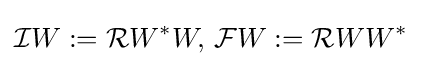
{\mathcal {I}}W:={\mathcal {R}}W^{*}W,\,{\mathcal {F}}W:={\mathcal {R}}WW^{*}